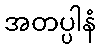
အတပ္ပါနံ